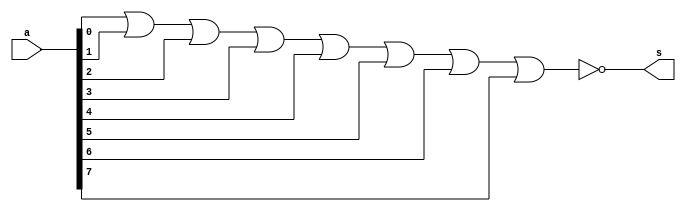
// -------------------------
// Exercicio001 - nor
// Nome: Rafael Guimaraes de Sousa
// -------------------------

module norgateByte (output s, input [7:0]a);
assign s = ~(a[0]|a[1]|a[2]|a[3]|a[4]|a[5]|a[6]|a[7]);
endmodule


module testeNor;

wire s;
reg [7:0]a;

norgateByte NO1 (s,a);

initial begin:start

a=8'b00000000;

end

initial begin:main
$display("Exercicio 011 - Rafael Guimaraes de Sousa - 451607");
$display("Test nor:");
$monitor("%d\t%8b = %b", $time, a,s);
		#1 a=8'b00000001;
		#1 a=8'b00000010;
		#1 a=8'b00000100;
		#1 a=8'b00001000;
		#1 a=8'b00010000;
		#1 a=8'b00100000;
		#1 a=8'b01000000;
		#1 a=8'b10000000;
		#1 a=8'b00000011;
		#1 a=8'b00000110;
		#1 a=8'b00001100;
		#1 a=8'b00011000;
		#1 a=8'b00110000;
		#1 a=8'b01100000;
		#1 a=8'b11000000;
		#1 a=8'b00000101;
		#1 a=8'b00001010;
		#1 a=8'b00010100;
		#1 a=8'b00101000;
		#1 a=8'b01010000;
		#1 a=8'b10100000;
		#1 a=8'b00001001;
		#1 a=8'b00010010;
		#1 a=8'b00100100;
		#1 a=8'b01001000;
		#1 a=8'b10010000;
		#1 a=8'b00010001;
		#1 a=8'b00100010;
		#1 a=8'b01000100;
		#1 a=8'b10001000;
		#1 a=8'b00100001;
		#1 a=8'b01000010;
		#1 a=8'b10000100;
		#1 a=8'b01000001;
		#1 a=8'b10000010;
		#1 a=8'b10000001;
		end
		endmodule